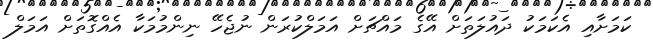
ކަމަށާއި އެކަމަކު ދައުލަތަށް އޭގެ މައްޗަށް އަމަލްކުރަން ނުޖެހޭ ނިންމުމަކާ އެއްގޮތަށް އަމަލް